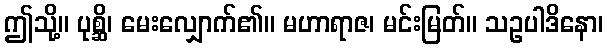
ဤသို့။ ပုစ္ဆိ၊ မေးလျှောက်၏။ မဟာရာဇ၊ မင်းမြတ်။ သဥပါဒိနော၊